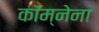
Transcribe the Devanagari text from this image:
कॉम्नेना